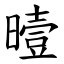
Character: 曀